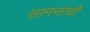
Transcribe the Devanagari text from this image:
सामनांची